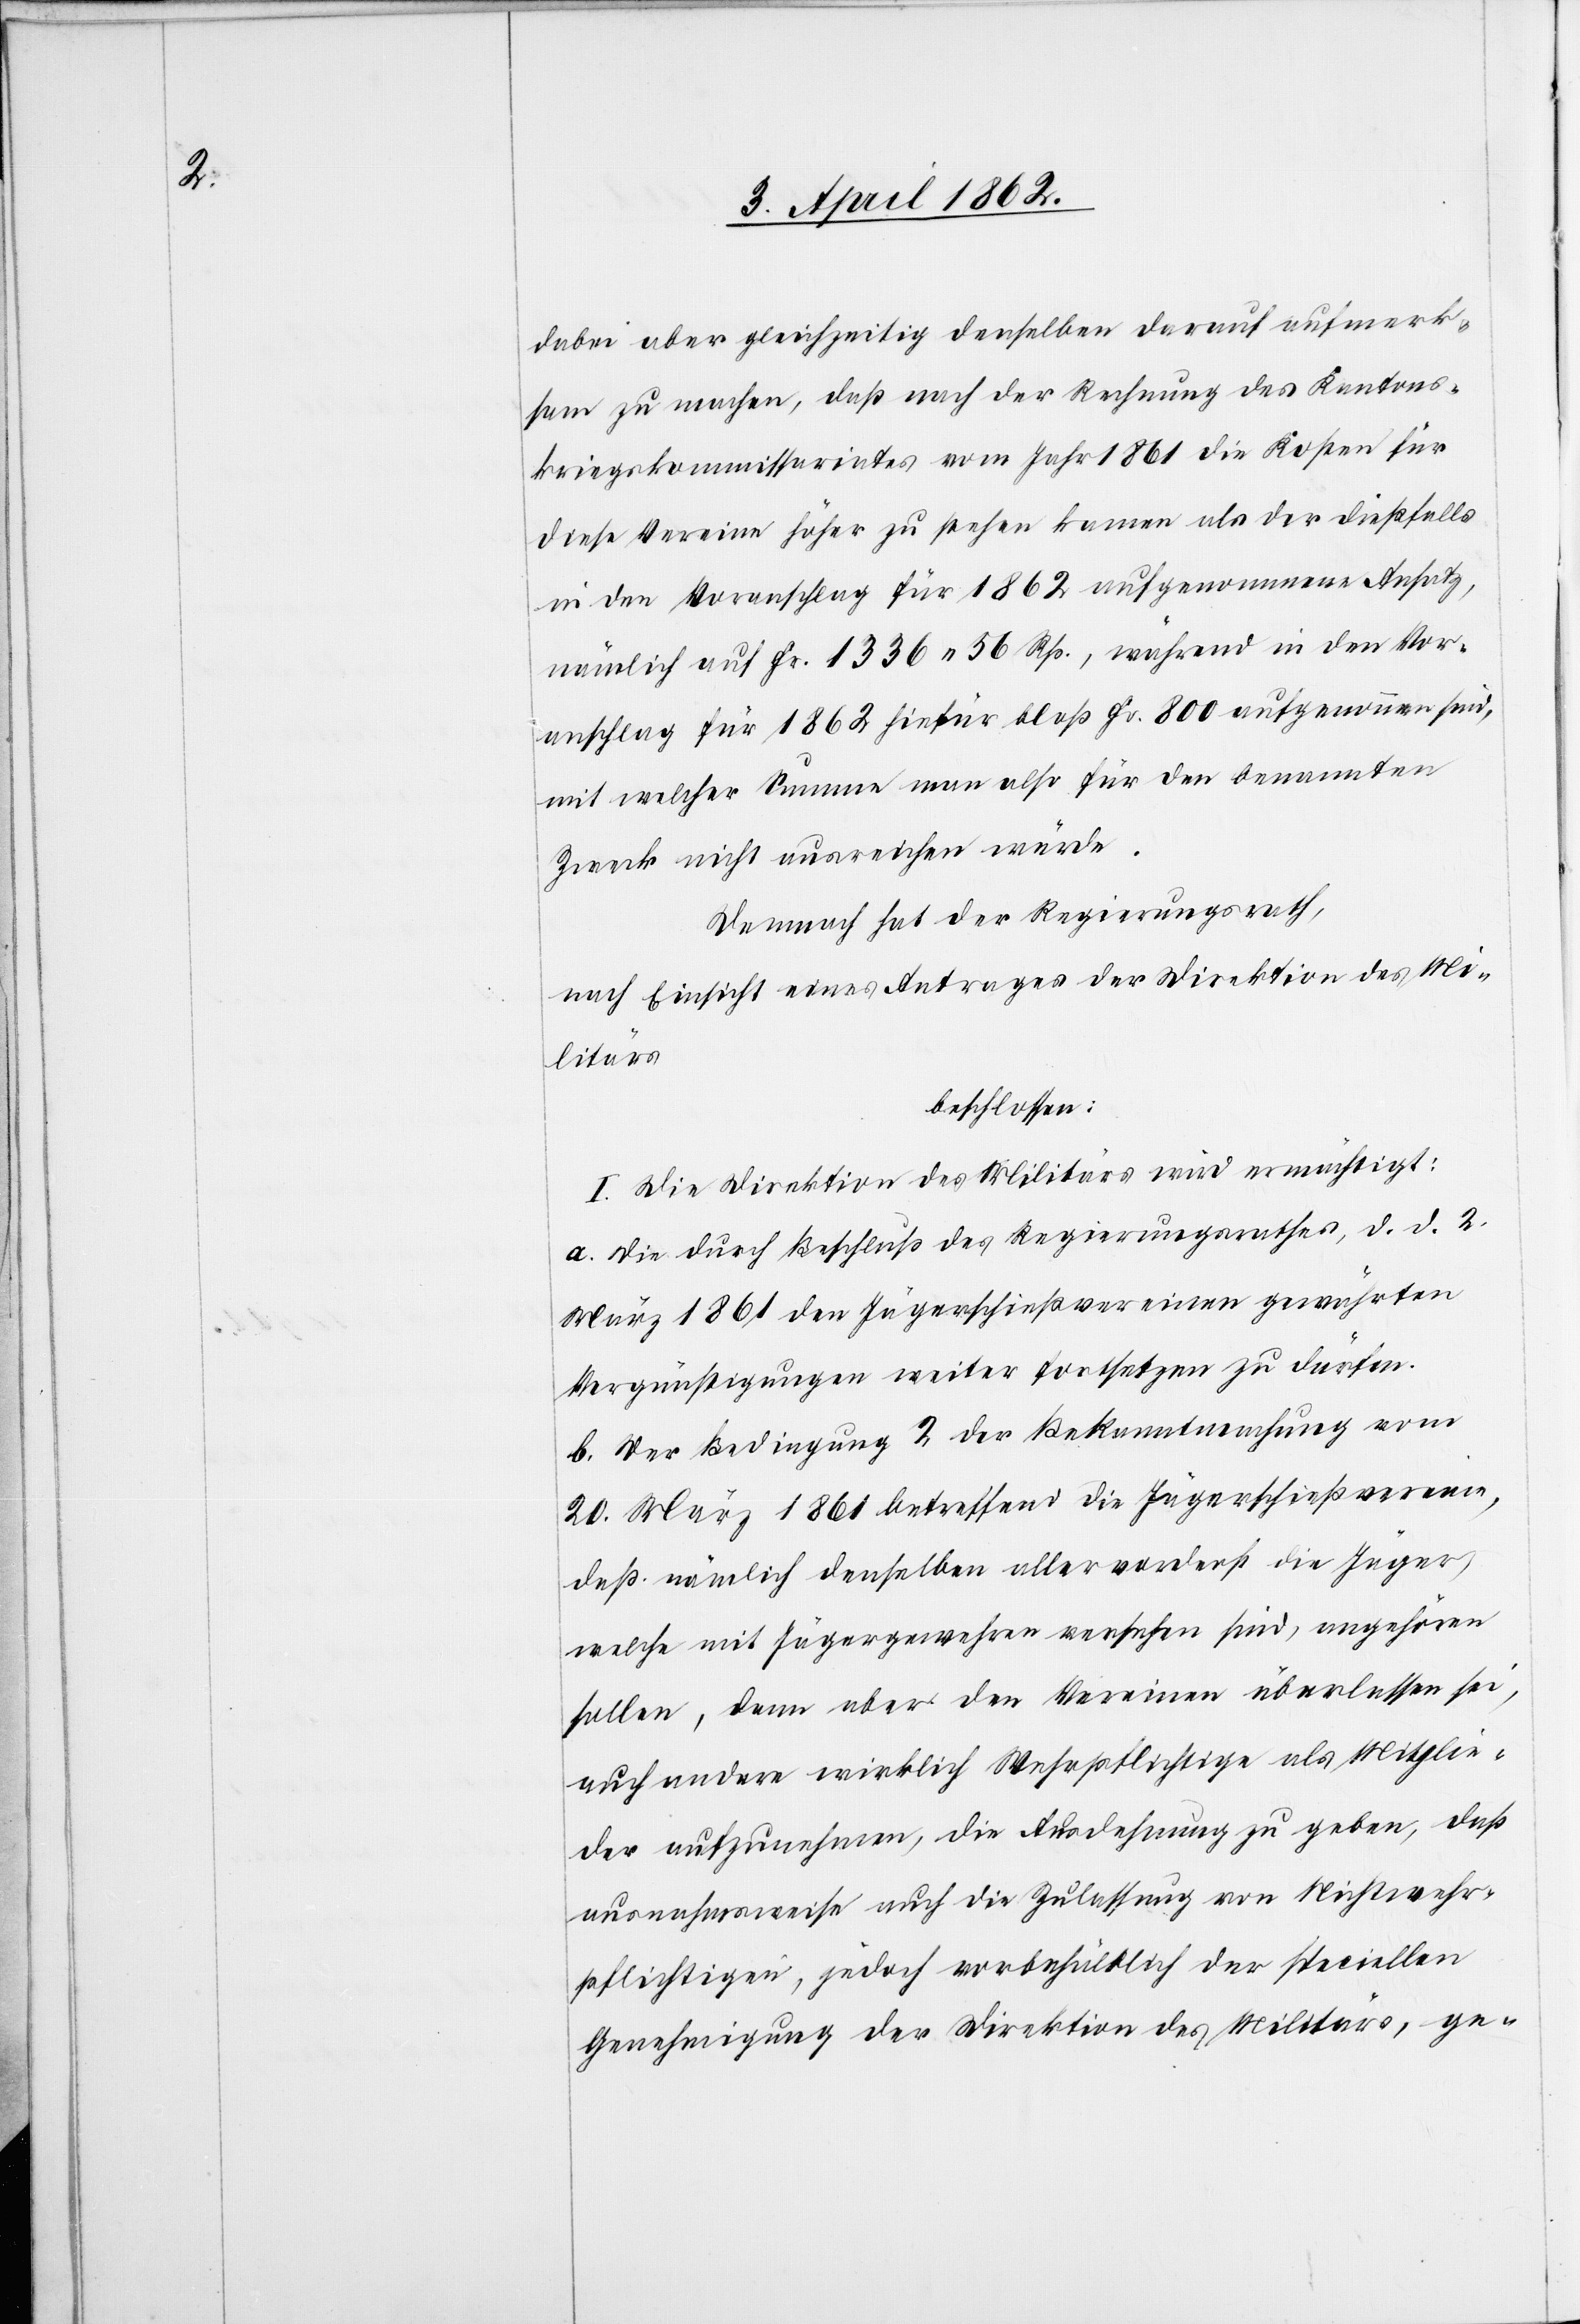
dabei aber gleichzeitig denselben darauf aufmerk¬
sam zu machen, daß nach der Rechnung des Kantons¬
kriegskommissariates vom Jahr 1861 die Kosten für
diese Vereine höher zu stehen kamen als der dießfalls
in den Voranschlag für 1862 aufgenommene Ansatz,
nämlich auf fr. 1336 56 Rp., während in den Vor¬
anschlag für 1862 hiefür bloß fr. 800 aufgenommen sind,
mit welcher Summe nun also für den benannten
Zweck nicht ausreichen würde.
Demnach hat der Regierungsrath,
nach Einsicht eines Antrages der Direktion des Mi¬
litärs
beschlossen:
I. Die Direktion des Militärs wird ermächtigt:
a. Die durch Beschluß des Regierungsrathes, d. d. 2.
März 1861 den Jägerschießvereinen gewährten
Vergünstigungen weiter fortsetzen zu dürfen.
b. Der Bedingung 2 der Bekanntmachung vom
20. März 1861 betreffend die Jägerschießvereine,
daß nämlich denselben allervorderst die Jäger,
welche mit Jägergewehren versehen sind, angehören
sollen, dann aber den Vereinen überlassen sei,
auch andere wirklich Wehrpflichtige als Mitglie¬
der aufzunehmen, die Ausdehnung zu geben, daß
ausnahmsweise auch die Zulassung von Nichtwehr¬
pflichtigen, jedoch vorbehältlich der speciellen
Genehmigung der Direktion des Militärs, ge-